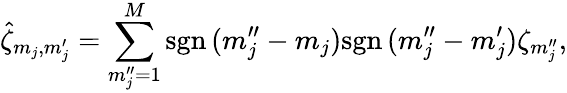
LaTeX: \hat{\zeta}_{m_{j},m_{j}^{\prime}}=\sum_{m_{j}^{\prime\prime}=1}^{M}\mathrm{sgn}\, (m_{j}^{\prime\prime}-m_{j})\mathrm{sgn}\, (m_{j}^{\prime\prime}-m_{j}^{\prime})\zeta_{m_{j}^{\prime\prime}},